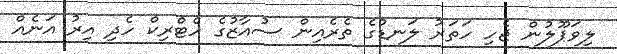
ލިވަޕޫލުން ޖެހި ހަތަރު ލަނޑުގެ ތެރެއިން ސުއާޒުގެ ހެޓްރިކް ހެދި އިރު އަނެއް